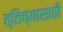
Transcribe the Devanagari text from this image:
त्तिच्यासाठी